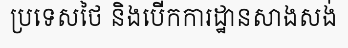
ប្រទេសថៃ និងបើកការដ្ឋានសាងសង់